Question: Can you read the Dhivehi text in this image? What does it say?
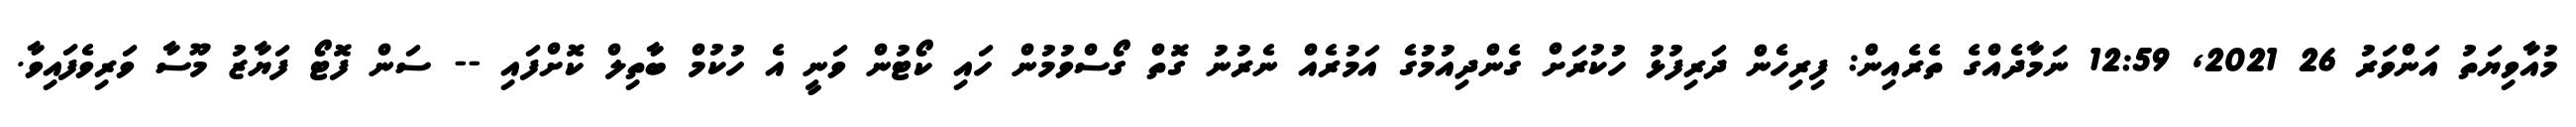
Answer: މުއާވިޔަތު އަންވަރު 26 2021, 12:59 ނަމާދެއްގެ ތެރެއިން: ފިރިހެން ދަރިފުޅު ހުކުރަށް ގެންދިއުމުގެ އަމުރެއް ނެރުނު ގޮތް ގޯސްވުމުން ހައި ކޯޓުން ވަނީ އެ ހުކުމް ބާތިލް ކޮށްފައި -- ސަން ފޮޓޯ ފަޔާޒު މޫސާ ވަރިވެފައިވާ.